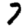
Digit: 7